38_143685_box_Incident_Summaries_173-233
Agency: Department of War
Page 16
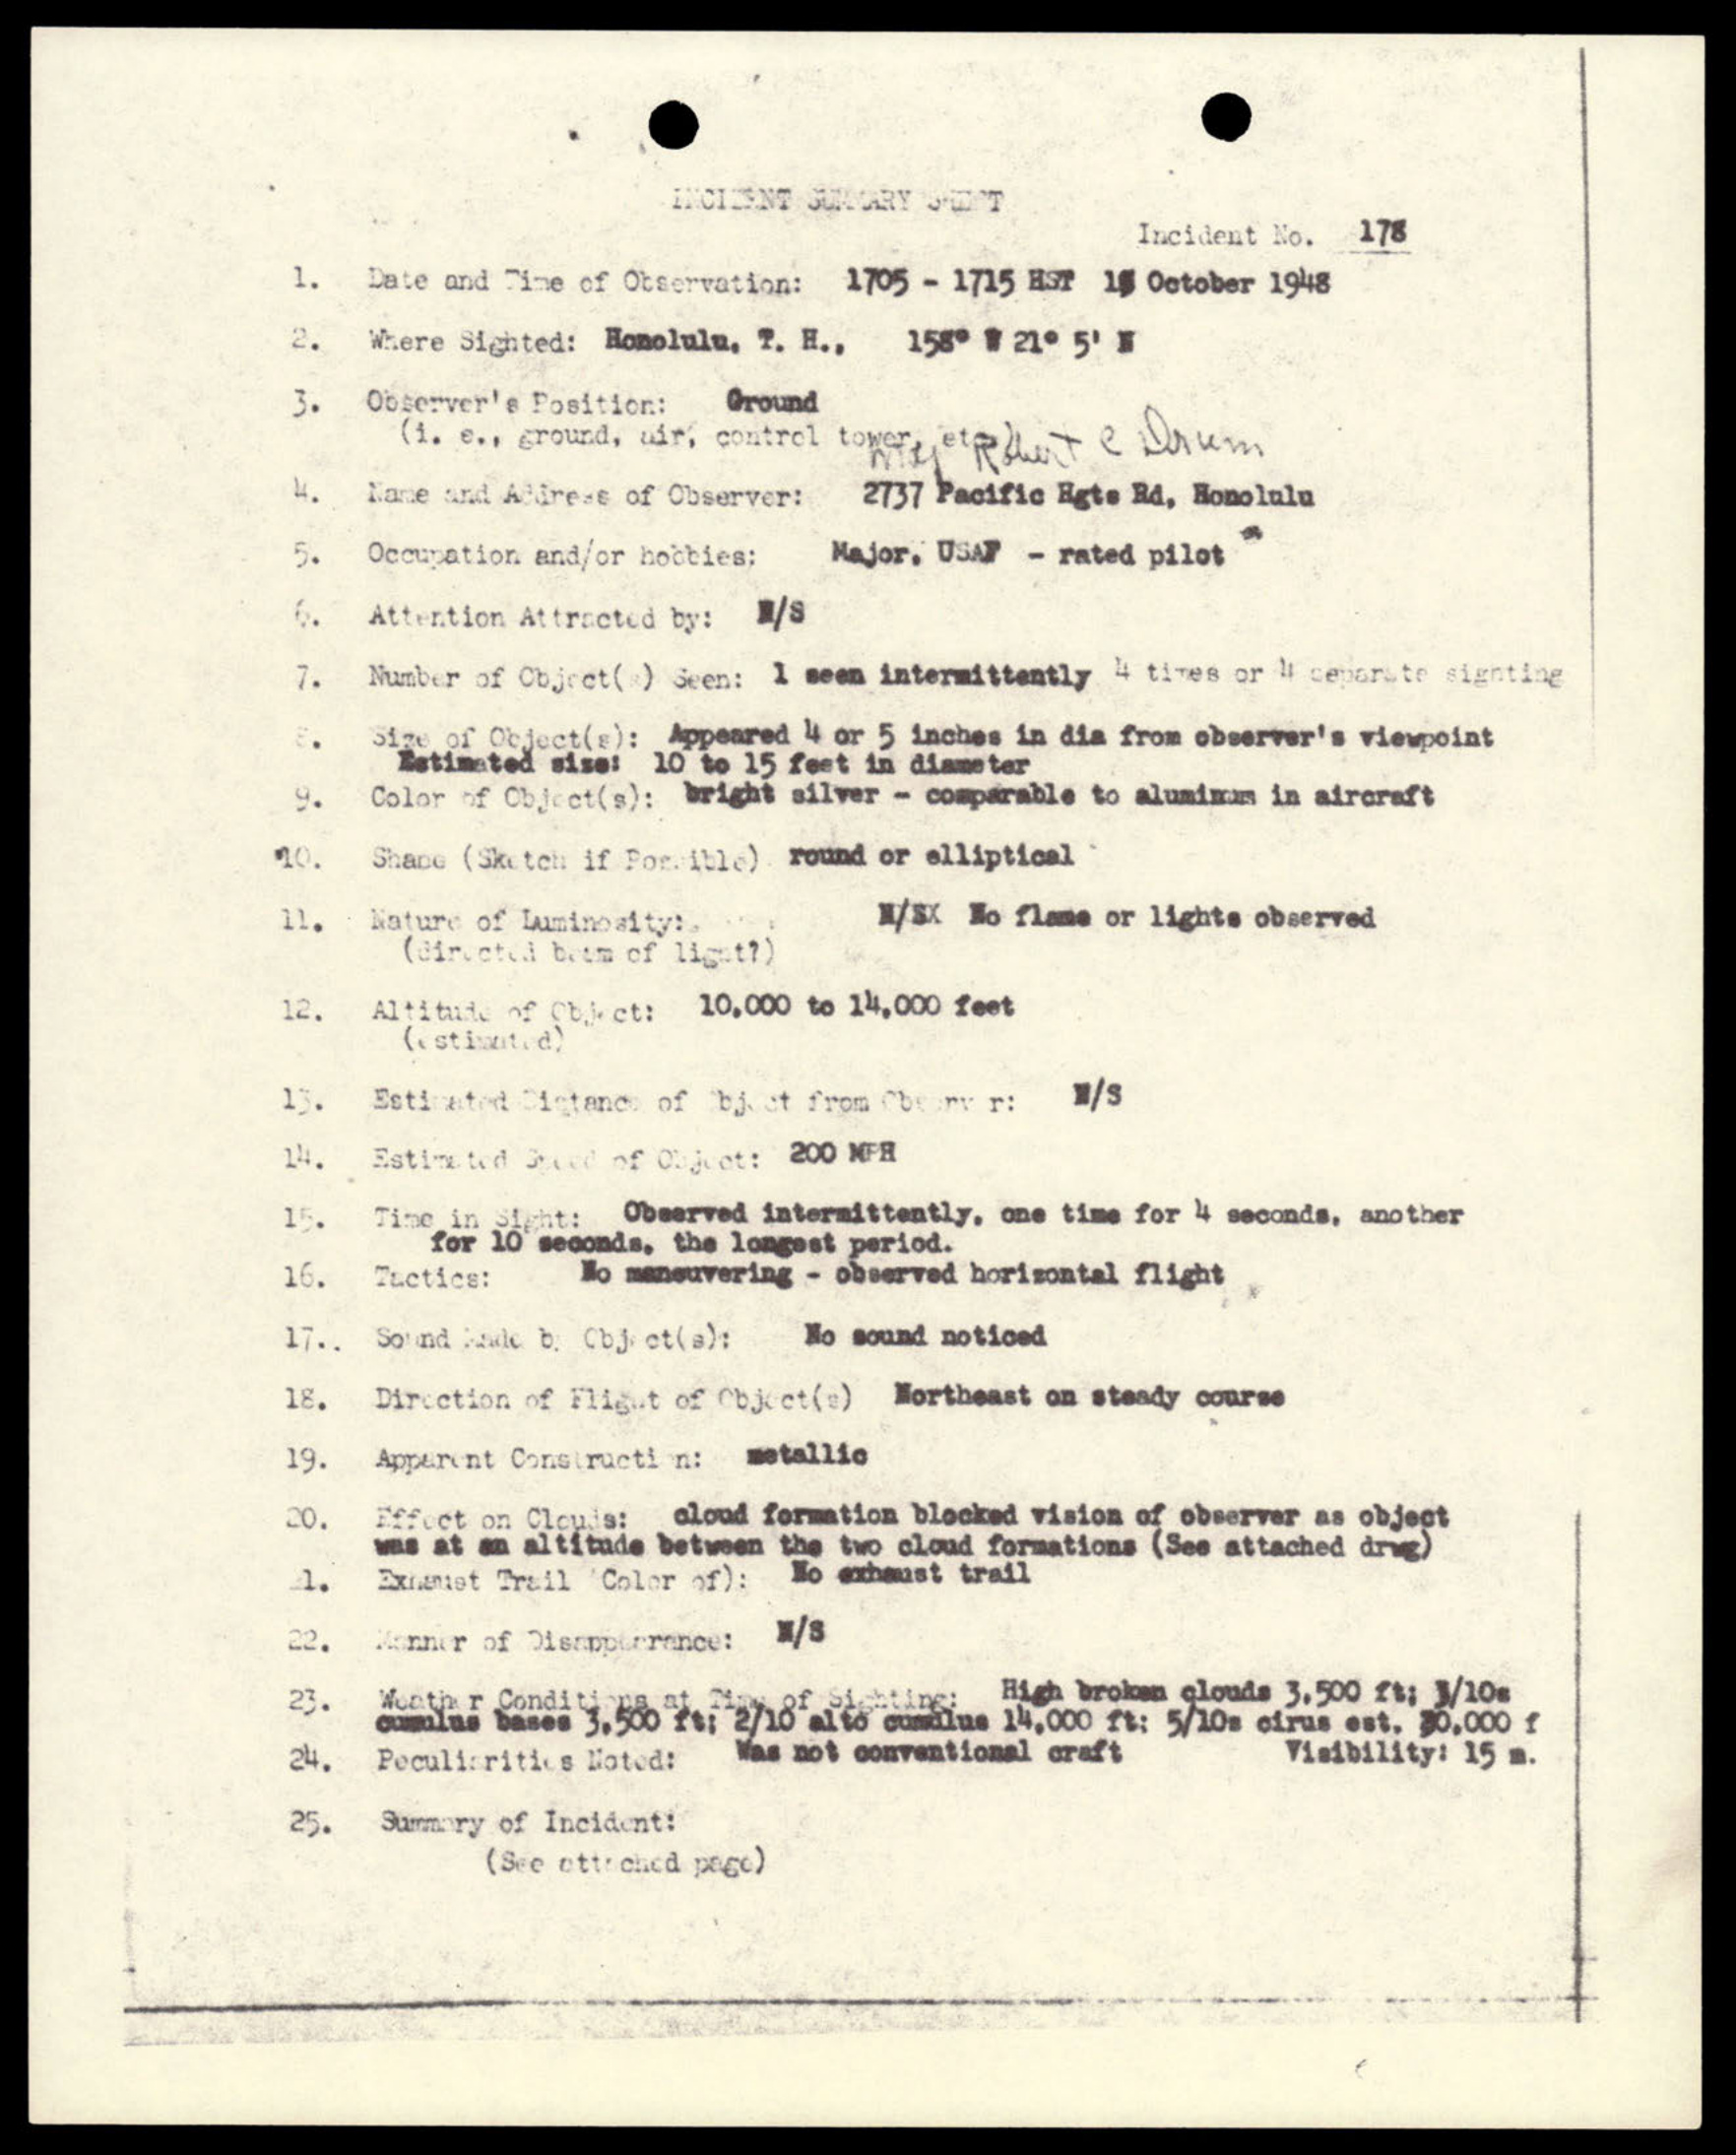